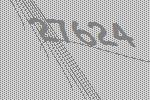
27624